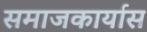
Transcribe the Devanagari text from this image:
समाजकार्यास